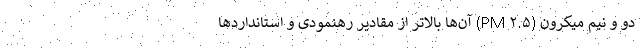
دو و نیم میکرون (PM ۲.۵) آن‌ها بالاتر از مقادیر رهنمودی و استاندارد‌ها